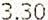
3.30